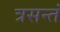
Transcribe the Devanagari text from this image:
त्रसन्तं